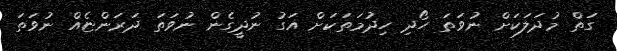
ގަތް މުދަލަކަށް ނުވަތަ ހޯދި ހިދުމަތަކަށް އަގު ނުދީގެން ނުވަތަ ދަރަންޏެއް ނުވަތަ